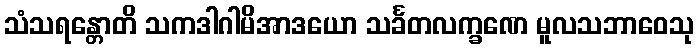
သံသရန္တောတိ သကဒါဂါမိအာဒယော သင်္ခတလက္ခဏေ မူလသဘာဝေသု